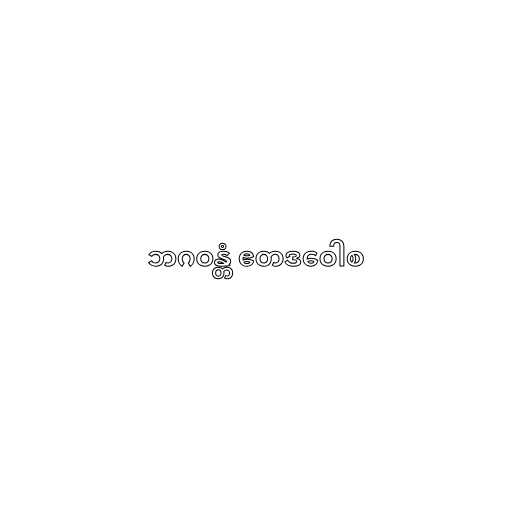
ဘဂဝန္တံ ဧတဒဝေါစ